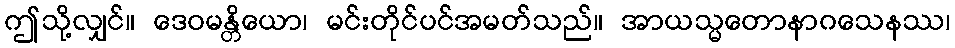
ဤသို့လျှင်။ ဒေဝမန္တိယော၊ မင်းတိုင်ပင်အမတ်သည်။ အာယသ္မတောနာဂသေနဿ၊